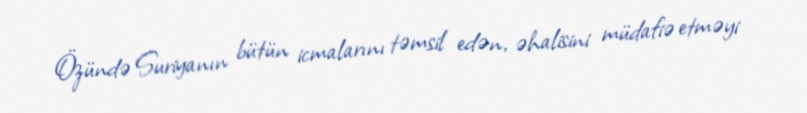
Özündə Suriyanın bütün icmalarını təmsil edən, əhalisini müdafiə etməyi